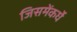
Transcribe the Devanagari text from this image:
जिसमेंकर्घे